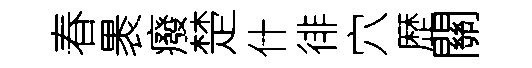
春褁癈楚什徘穴歴關